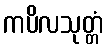
ကပိလသုတ္တံ